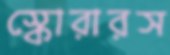
স্কোরারস